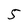
Character: 5